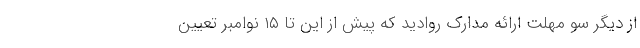
از دیگر سو مهلت ارائه مدارک روادید که پیش از این تا ١۵ نوامبر تعیین